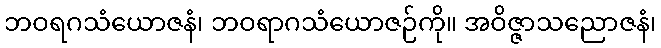
ဘဝရဂသံယောဇနံ၊ ဘဝရာဂသံယောဇဉ်ကို။ အဝိဇ္ဇာသညောဇနံ၊